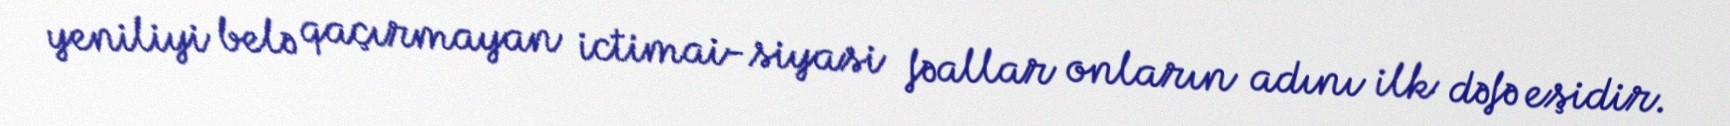
yeniliyi belə qaçırmayan ictimai-siyasi fəallar onların adını ilk dəfə eşidir.